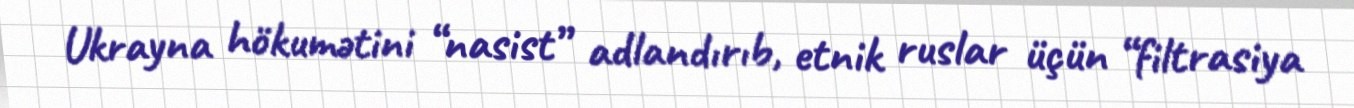
Ukrayna hökumətini “nasist” adlandırıb, etnik ruslar üçün “filtrasiya